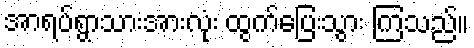
အာရပ်ရွာသားအားလုံး ထွက်ပြေးသွား ကြသည်။